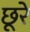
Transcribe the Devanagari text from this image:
छूरे